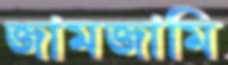
জামজামি